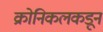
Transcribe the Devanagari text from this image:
क्रोनिकलकडून